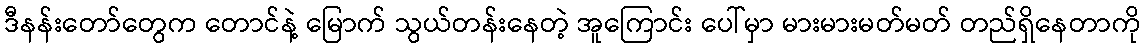
ဒီနန်းတော်တွေက တောင်နဲ့ မြောက် သွယ်တန်းနေတဲ့ အူကြောင်း ပေါ်မှာ မားမားမတ်မတ် တည်ရှိနေတာကို